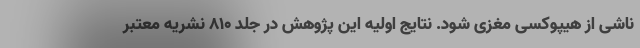
ناشی از هیپوکسی مغزی شود. نتایج اولیه این پژوهش در جلد ۸۱۰ نشریه معتبر